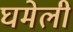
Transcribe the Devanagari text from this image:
घमेली